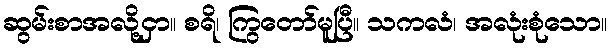
ဆွမ်းစာအလို့ငှာ။ စရိ၊ ကြွတော်မူပြီ။ သကလံ၊ အလုံးစုံသော။